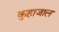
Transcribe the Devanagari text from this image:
कुहाजाल